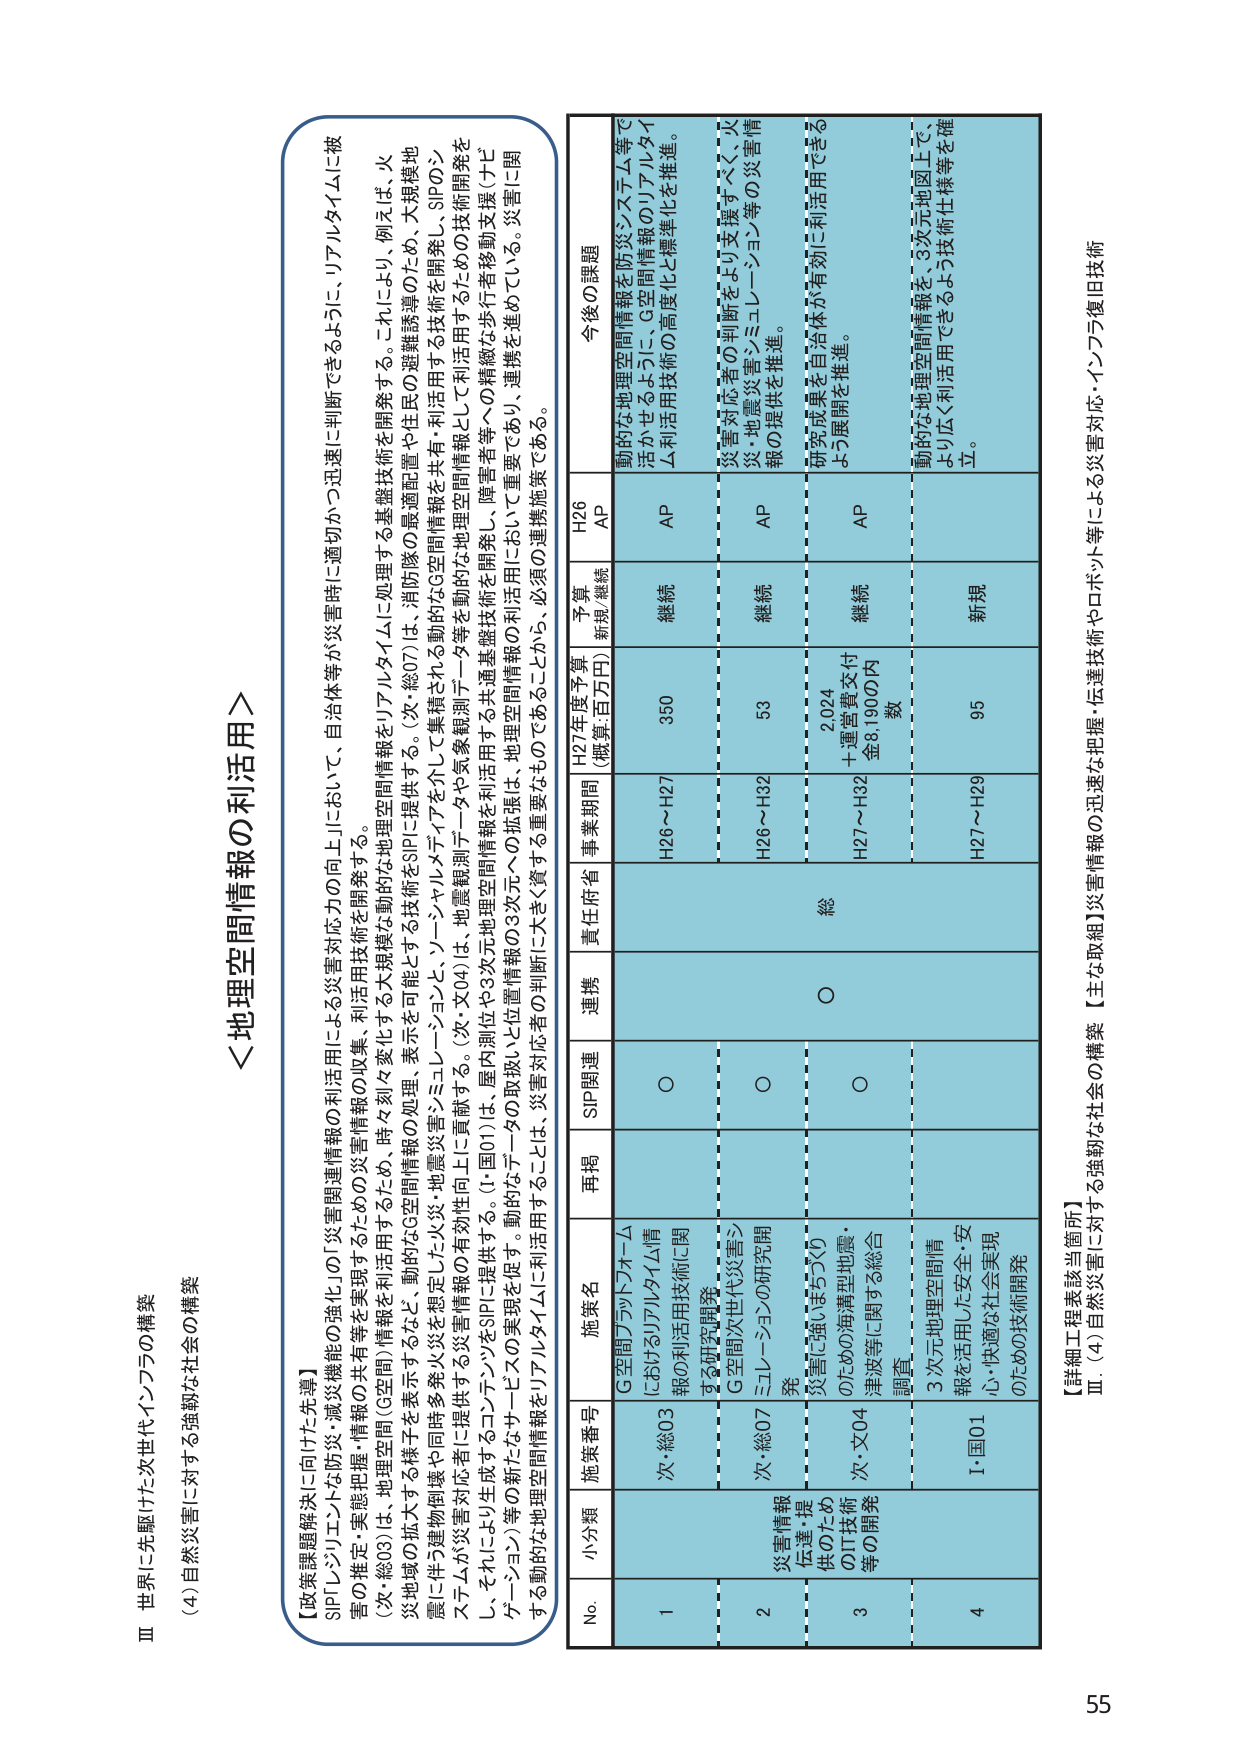
Ⅲ 世界に先駆けた次世代インフラの構築
(4) 自然災害に対する強靭な社会の構築

＜地理空間情報の利活用＞

【政策課題解決に向けた先導】
SIP「レジリエントな防災・減災機能の強化」の「災害関連情報の利活用による災害対応力の向上」において、自治体等が災害時に適切かつ迅速に判断できるように、リアルタイムに被災の推定・実態把握・情報の収集・利活用技術を開発する。
（次・総03）は、地理空間（G空間）情報を利活用するため、時々刻々変化する大規模な動的な地理空間情報をSIPに提供する。動的なG空間情報の処理・表示を可能とする技術を開発する。これにより、例えば、火災地域の拡大や同時多発火災を想定した火災・地震災害シミュレーションと、ソーシャルメディアを介して集積される動的なG空間情報を共有・利活用する技術を開発し、SIPのシス テムが災害対応者に提供する災害情報の有効性向上に貢献する。（次・文04）は、地震観測データや気象観測データ等を動的な地理空間情報として利活用するための技術開発をし、それにより生成するコンテンツをSIPに提供する。（1・国01）は、屋内測位や3次元地理空間情報を利活用する公共基盤技術を開発し、障害者等への連続的な歩行者誘導支援（ナビゲーション）等の新たなサービスの実現を促す。動的なデータの取扱いと位置情報の3次元への拡張は、地理空間情報の利活用において重要であり、連携を進めている。災害に関 する動的な地理空間情報を利用アルタイムに利活用することは、災害対応者の判断に大きく資するものであるから、必須の連携施策である。

No. 小分類 施策番号 施策名 再掲 SIP関連 連携 責任府省 事業期間 H27年度予算 （概算:百万円） 予算 新規/継続 H26 AP 今後の課題
1 次・総03 G空間プラットフォームにおけるリアルタイム情報の利活用技術に関する研究開発 ○ ○ H26～H27 350 継続 AP 動的な地理空間情報を防災システム等で活かせるように、G空間情報のリアルタイム利活用技術の高度化と標準化を推進。
2 災害情報伝達・提供のためのIT技術等の開発 次・総07 G空間次世代災害シミュレーションの研究開発 ○ ○ H26～H32 53 継続 AP 災害対応者の判断をより支援すべく、火災・地震災害シミュレーション等の災害情報の提供を推進。
3 次・文04 災害に強いまちづくりのための海型地震・津波等に関する総合調査 ○ 総 H27～H32 2,024 ＋運営費交付金8,1900円内数 継続 AP 研究成果を自治体が有効に利活用できるよう展開を推進。
4 1・国01 3次元地理空間情報を活用した安全・安心・快適な社会実現のための技術開発 H27～H29 95 新規 動的な地理空間情報を、3次元地図上で、より広く利活用できるよう技術仕様等を確立。

【詳細工程表該当箇所】
Ⅲ. (4) 自然災害に対する強靭な社会の構築【主な取組】災害情報の迅速な把握・伝達技術やロボット等による災害対応・インフラ復旧技術

55